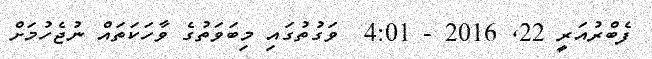
ފެބްރުއަރީ 22